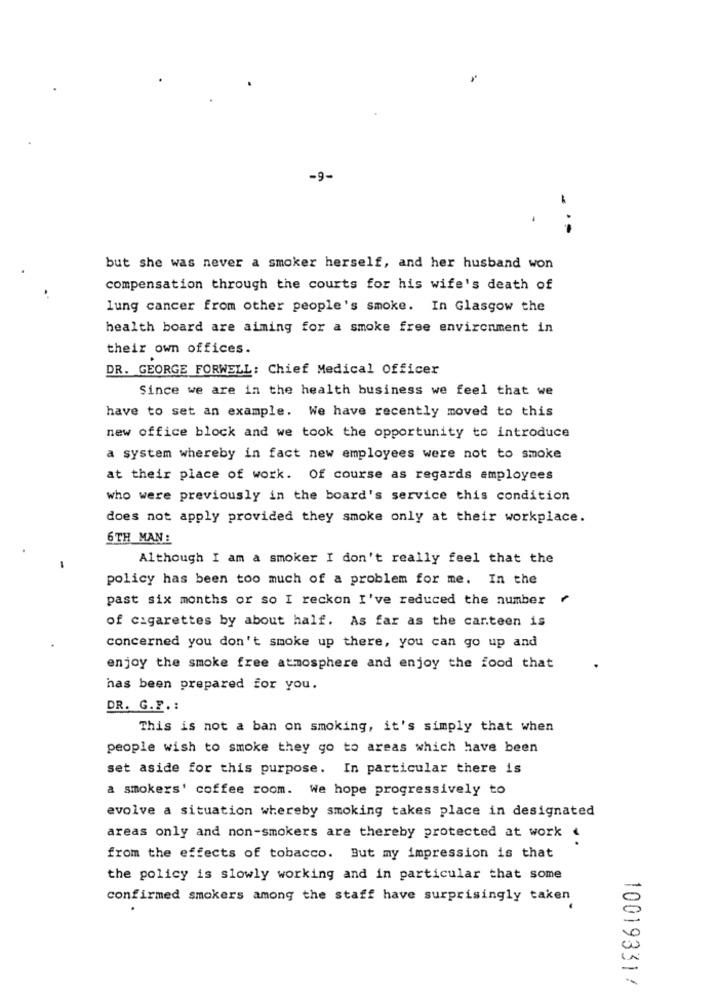
-9-
-.-
but she was never a smoker herself, and her husband won
compensation through the courts for his wife's death of
lung cancer from other people's smoke. In Glasgow the
health board are aiming for a smoke free environment in
their own offices.
DR. GEORGE FORWELL: Chief Medical Officer
Since we are in the health business we feel that we
have to set an example. We have recently moved to this
new office block and we took the opportunity to introduce
a system whereby in fact new employees were not to smoke
at their place of work. Of course as regards employees
who were previously in the board's service this condition
does not apply provided they smoke only at their workplace.
6TH MAN :
Although I am a smoker I don't really feel that the
-
policy has been too much of a problem for me. In the
past six months or so I reckon I've reduced the number
of cigarettes by about half. As far as the canteen is
concerned you don't smoke up there, you can go up and
enjoy the smoke free atmosphere and enjoy the food that
has been prepared for you.
DR. G.F. :
This is not a ban on smoking, it's simply that when
people wish to smoke they go to areas which have been
set aside for this purpose. In particular there is
a smokers' coffee room. We hope progressively to
evolve a situation whereby smoking takes place in designated
areas only and non-smokers are thereby protected at work .
from the effects of tobacco. But my impression is that
the policy is slowly working and in particular that some
confirmed smokers among the staff have surprisingly taken
10019331!